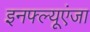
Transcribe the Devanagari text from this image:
इनफ्ल्यूएंजा